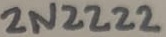
Text: 2N2222